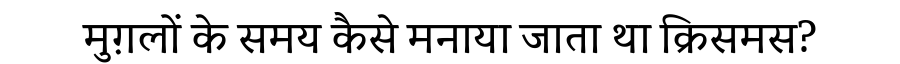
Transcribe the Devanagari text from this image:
मुग़लों के समय कैसे मनाया जाता था क्रिसमस?